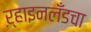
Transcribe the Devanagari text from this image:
ऱ्हाइनलँडचा